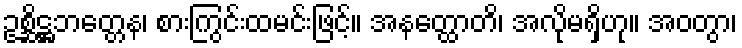
ဥစ္ဆိဋ္ဌဘတ္တေန၊ စားကြွင်းထမင်းဖြင့်။ အနတ္ထောတိ၊ အလိုမရှိဟု။ အဝတွာ၊